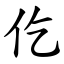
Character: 仡